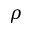
\rho